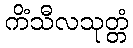
ကိံသီလသုတ္တံ